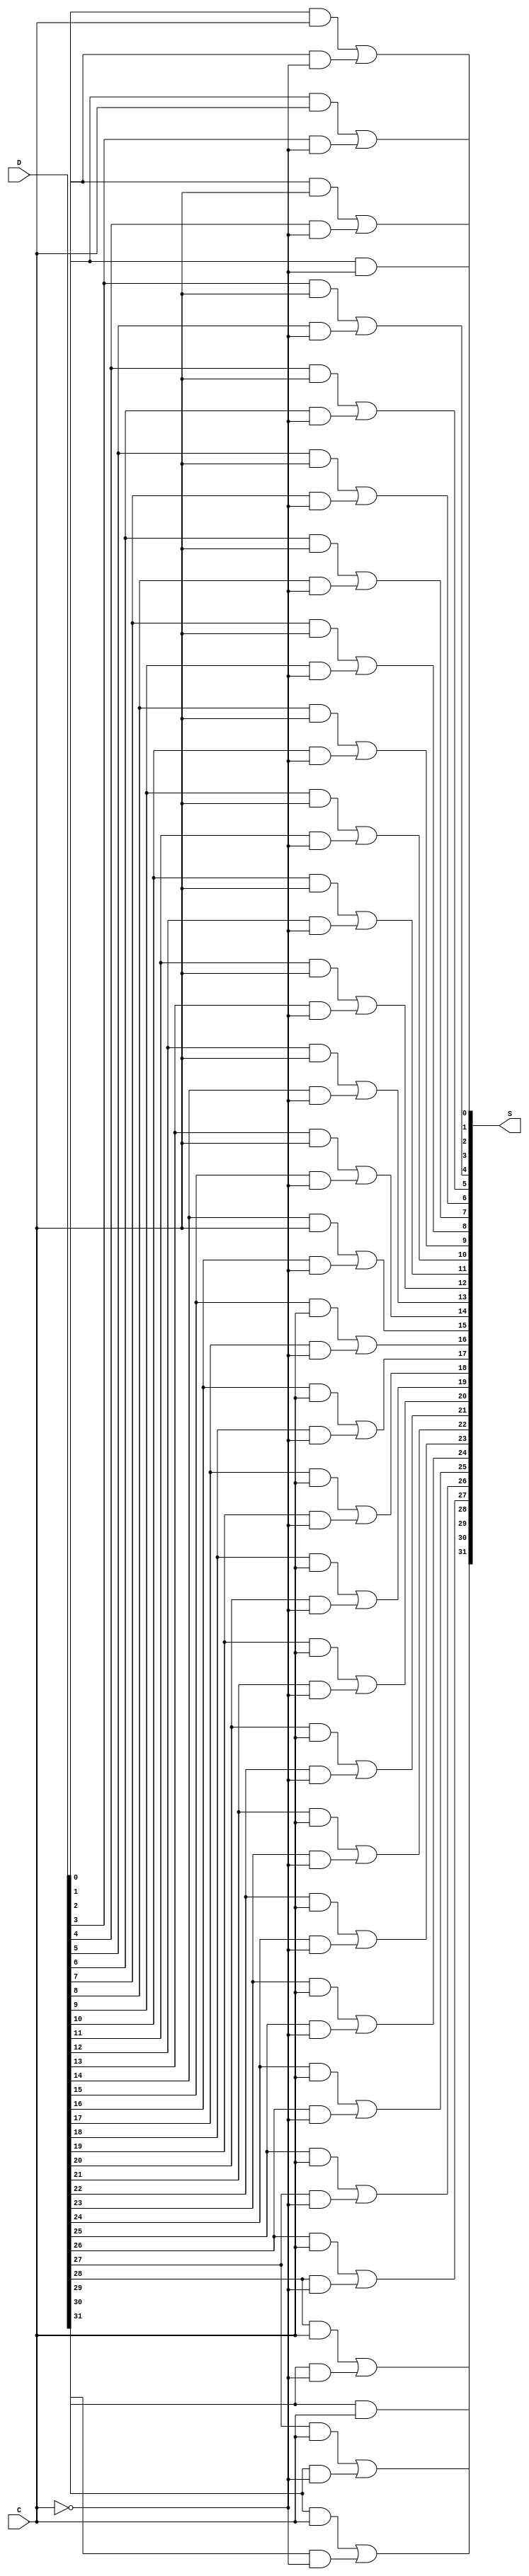
module LSHIFTER_32bit(S, D, C);

// I/O port declaration
input [31:0] D;
input C;
output [31:0] S;

//internal nets
wire C1;
wire [61:0]w; 

//Instantiate logic gate primitives
not not1(C1,C);

and and0 (w[0], D[0],C);
and and1 (S[0], D[1],C1);
and and2 (w[2], D[1],C);
and and3 (w[3], D[2],C1);
and and4 (w[4], D[2],C);
and and5 (w[5], D[3],C1);
and and6 (w[6], D[3],C);
and and7 (w[7], D[4],C1);
and and8 (w[8], D[4],C);
and and9 (w[9], D[5],C1);
and and10(w[10], D[5],C);
and and11(w[11], D[6],C1);
and and11(w[12], D[6],C);
and and13(w[13], D[7],C1);
and and14 (w[14], D[7],C);
and and15(w[15], D[8],C1);
and and16(w[16], D[8],C);
and and17(w[17], D[9],C1);
and and18(w[18], D[9],C);
and and19(w[19], D[10],C1);
and and20(w[20], D[10],C);
and and21(w[21], D[11],C1);
and and22(w[22], D[11],C);
and and23(w[23], D[12],C1);
and and24(w[24], D[12],C);
and and25(w[25], D[13],C1);
and and26(w[26], D[13],C);
and and27(w[27], D[14],C1);
and and28(w[28], D[14],C);
and and29(w[29], D[15],C1);
and and30(w[30], D[15],C);
and and31(w[31], D[16],C1);
and and32(w[32], D[16],C);
and and33(w[33], D[17],C1);
and and34(w[34], D[17],C);
and and35(w[35], D[18],C1);
and and36(w[36], D[18],C);
and and37(w[37], D[19],C1);
and and38(w[38], D[19],C);
and and39(w[39], D[20],C1);
and and40(w[40], D[20],C);
and and41(w[41], D[21],C1);
and and42(w[42], D[21],C);
and and43(w[43], D[22],C1);
and and44(w[44], D[22],C);
and and45(w[45], D[23],C1);
and and46(w[46], D[23],C);
and and47(w[47], D[24],C1);
and and48(w[48], D[24],C);
and and49(w[49], D[25],C1);
and and50(w[50], D[25],C);
and and51(w[51], D[26],C1);
and and52(w[52], D[26],C);
and and53(w[53], D[27],C1);
and and54(w[54], D[27],C);
and and55(w[55], D[28],C1);
and and56(w[56], D[28],C);
and and57(w[57], D[29],C1);
and and58(w[58], D[29],C);
and and59(w[59], D[30],C1);
and and60(S[31], D[30],C);
and and61(w[61], D[31],C1);



or or1 (S[1], w[0], w[3]);
or or2 (S[2], w[2], w[5]);
or or3 (S[3], w[4], w[7]);
or or4 (S[4], w[6], w[9]);
or or5 (S[5], w[8], w[11]);
or or6 (S[6], w[10], w[13]);
or or1 (S[7], w[12], w[15]);
or or2 (S[8], w[14], w[17]);
or or3 (S[9], w[16], w[19]);
or or4 (S[10], w[18], w[21]);
or or5 (S[11], w[20], w[23]);
or or6 (S[12], w[22], w[25]);
or or1 (S[13], w[24], w[27]);
or or2 (S[14], w[26], w[29]);
or or3 (S[15], w[28], w[31]);
or or4 (S[16], w[30], w[33]);
or or5 (S[17], w[32], w[35]);
or or6 (S[18], w[34], w[37]);
or or1 (S[19], w[36], w[39]);
or or2 (S[20], w[38], w[41]);
or or3 (S[21], w[40], w[43]);
or or4 (S[22], w[42], w[45]);
or or5 (S[23], w[44], w[47]);
or or6 (S[24], w[46], w[49]);
or or1 (S[25], w[48], w[51]);
or or2 (S[26], w[50], w[53]);
or or3 (S[27], w[52], w[55]);
or or4 (S[28], w[54], w[57]);
or or5 (S[29], w[56], w[59]);
or or6 (S[30], w[58], w[61]);





endmodule